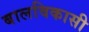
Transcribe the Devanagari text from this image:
बालविकासी